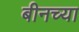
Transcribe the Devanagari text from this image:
बीनच्या